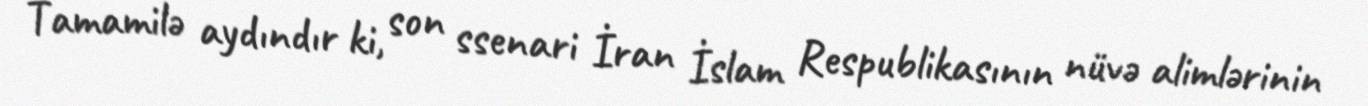
Tamamilə aydındır ki, son ssenari İran İslam Respublikasının nüvə alimlərinin